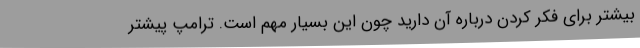
بیشتر برای فکر کردن درباره آن دارید چون این بسیار مهم است. ترامپ پیشتر